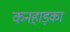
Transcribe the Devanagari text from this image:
कनहाड़का